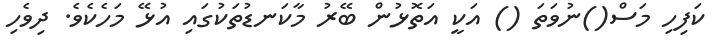
ކަފިހި މަސް()ނުވަތަ () އަކީ އަތޮޅުން ބޭރު މާކަނޑުތަކުގައި އުޅޭ މަހެކެވެ. ދިވެހި